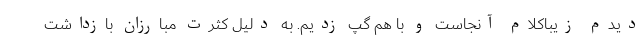
دیدم زیباکلام آنجاست و با هم گپ زدیم. به دلیل کثرت مبارزان بازداشت